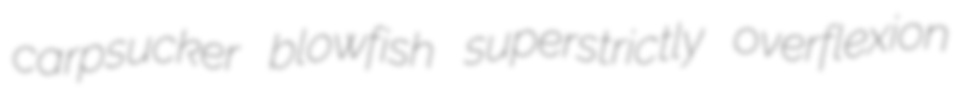
carpsucker blowfish superstrictly overflexion